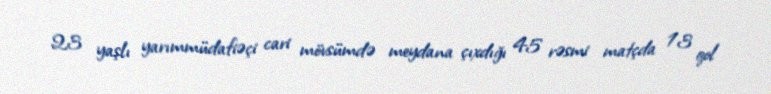
23 yaşlı yarımmüdafiəçi cari mövsümdə meydana çıxdığı 45 rəsmi matçda 13 qol